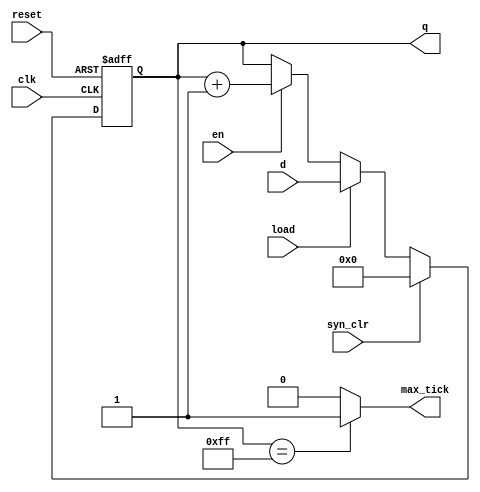
// Listing A.1
module bin_counter
   // optional parameter declaration
   #(parameter N=8)   // default 8
   // port declaration
   (
    input wire clk, reset,         // clock & reset
    input wire syn_clr, load, en,  // input control
    input wire [N-1:0] d,          // input data
    output wire max_tick,          // output status
    output wire [N-1:0] q          // output data
   );

   // constant declaration
   localparam MAX = 2**N - 1;
   // signal declaration
   reg [N-1:0] r_reg, r_next;

   // body
   //===========================================
   // component instantiation
   //===========================================
   // no instantiation in this code

   //===========================================
   // memory elements
   //===========================================
   // register
   always @(posedge clk, posedge reset)
      if (reset)
         r_reg <= 0;
      else
         r_reg <= r_next;

   //===========================================
   // combinational circuits
   //===========================================
   // next-state logic
   always @*
      if (syn_clr)
         r_next = 0;
      else if (load)
         r_next = d;
      else if (en)
         r_next = r_reg + 1;
      else
         r_next = r_reg;
   // output logic
   assign q = r_reg;
   assign max_tick = (r_reg==2**N-1) ? 1'b1 : 1'b0;

endmodule